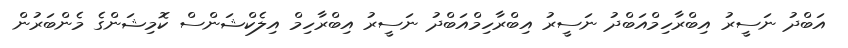
އަބްދު ނަސީރު އިބްރާހިމްއަބްދު ނަސީރު އިބްރާހިމްއަބްދު ނަސީރު އިބްރާހިމް އިލެކްޝަންސް ކޮމިޝަންގެ މެންބަރުން